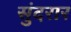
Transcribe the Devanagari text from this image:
सुंदरार